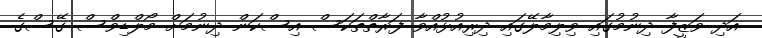
އަދި ވަޒީފާ ދިނުމުގައި ވިލިމާލޭގައި ދިރިއުޅުއްވާ ފަރާތްތަކަސް އިސްކަން ދިނުމަށް މޯލްޑިވްސް ގޭސްގެ